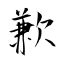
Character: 歉